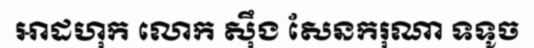
អាដហុក លោក ស៊ឹង សែនករុណា ទទូច